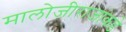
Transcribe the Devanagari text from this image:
मालोजीराजांकडे